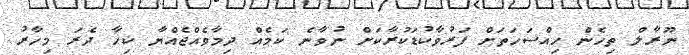
ނޫރާލް ތިހެން ހިއްސަހަތަށް ފަރުވާކުޑަކުރާކަށް ނުވާނެ ކަމެއް ދިމާވެއްޖެއްޔާ ކިހާ ދެރަ މިހާރު